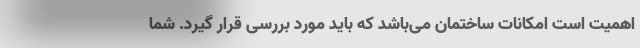
اهمیت است امکانات ساختمان می‌باشد که باید مورد بررسی قرار گیرد. شما